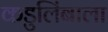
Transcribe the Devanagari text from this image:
कडुलिंबाला